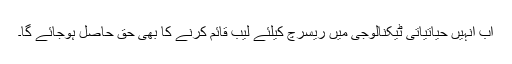
اب انہیں حیاتیاتی ٹیکنالوجی میں ریسرچ کیلئے لیب قائم کرنے کا بھی حق حاصل ہوجائے گا۔